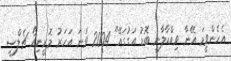
އެހެންވީމަ އޭނާ ވިއްކާލާނީ ބޮޑު އަގުގައޭ" 2004 ވަނަ އަހަރު މޮރީނިއޯ ޗެލްސީ